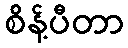
စိန့်ပီတာ